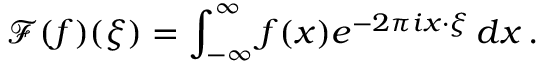
\mathcal { F } ( f ) ( \boldsymbol { \xi } ) = \int _ { - \infty } ^ { \infty } f ( \boldsymbol { x } ) e ^ { - 2 \pi i \boldsymbol { x } \cdot \boldsymbol { \xi } } \, d \boldsymbol { x } \, .